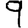
Digit: 9